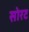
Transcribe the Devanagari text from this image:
सोरट